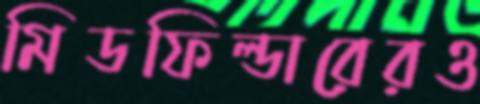
মিডফিল্ডারেরও